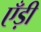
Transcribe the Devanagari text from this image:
एँड़ी